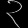
Digit: ၃